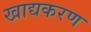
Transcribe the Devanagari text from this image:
खाद्यकरण